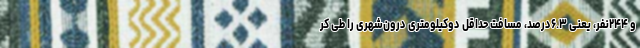
و ۲۴۴نفر، یعنی ۶.۳درصد، مسافت حداقل دوکیلومتری درون‌شهری را طی کر